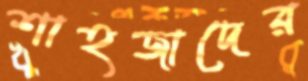
শাহজাদের